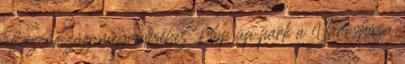
áll az ország megvédéséhez Pop up park a Városháza